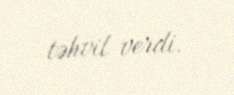
təhvil verdi.